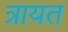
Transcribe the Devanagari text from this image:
त्रायत